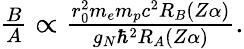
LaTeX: \begin{array}{r}{\frac{B}{A}\propto\frac{r_{0}^{2}m_{e}m_{p}c^{2}R_{B}(Z\alpha)}{g_{N}\hbar^{2}R_{A}(Z\alpha)}.}\end{array}